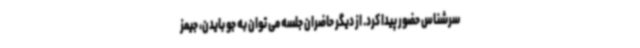
سرشناس حضور پیدا کرد. از دیگر حاضران جلسه می توان به جو بایدن، جیمز